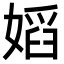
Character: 嫍